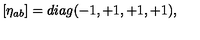
\left[ \eta _ { a b } \right] = d i a g ( - 1 , + 1 , + 1 , + 1 ) ,